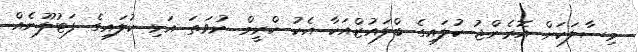
މިސާލަކަށް އޮރެންޖު ކުލައިގެ ބްލައުޒްއަކާ އެކު ކްރީމް ނުވަތަ އަޅި ކުލައިގެ ފަޓުލޫނެއް